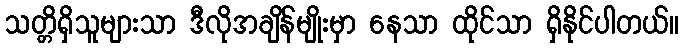
သတ္တိရှိသူများသာ ဒီလိုအချိန်မျိုးမှာ နေသာ ထိုင်သာ ရှိနိုင်ပါတယ်။